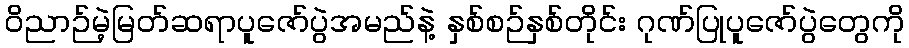
ဝိညာဉ်မဲ့မြတ်ဆရာပူဇော်ပွဲအမည်နဲ့ နှစ်စဉ်နှစ်တိုင်း ဂုဏ်ပြုပူဇော်ပွဲတွေကို